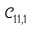
\mathcal { C } _ { 1 1 , 1 }